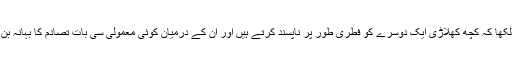
انہوں نے لکھا کہ کچھ کھلاڑی ایک دوسرے کو فطری طور پر ناپسند کرتے ہیں اور ان کے درمیان کوئی معمولی سی بات تصادم کا بہانہ بن جاتی ہے۔